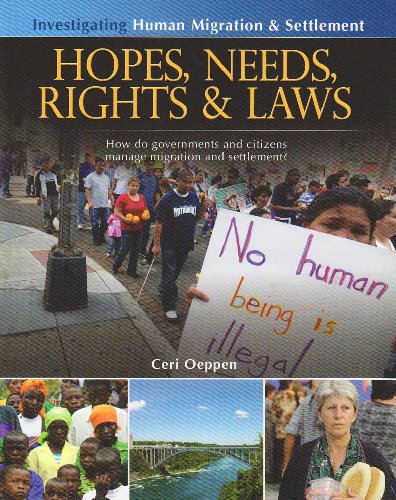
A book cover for Hopes, Needs, Rights & Laws: How Do Governments and Citizens Manage Migration and Settlement? (Investigating Human Migration & Settlement); Ceri Oeppen; Children's Books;